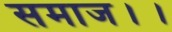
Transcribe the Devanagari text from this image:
समाज।।